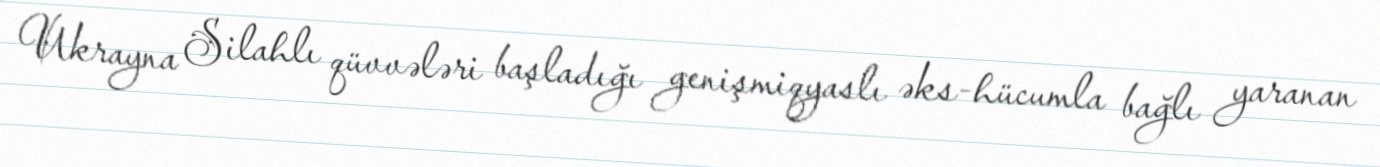
Ukrayna Silahlı qüvvələri başladığı genişmiqyaslı əks-hücumla bağlı yaranan